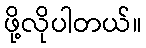
ဖို့လိုပါတယ်။